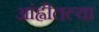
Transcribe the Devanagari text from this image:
आंह्वीतल्या